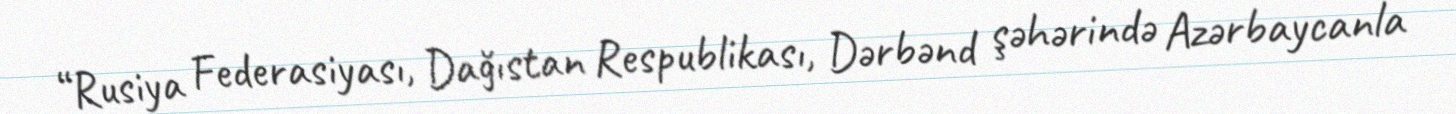
“Rusiya Federasiyası, Dağıstan Respublikası, Dərbənd şəhərində Azərbaycanla